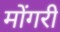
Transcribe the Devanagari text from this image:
मोंगरी